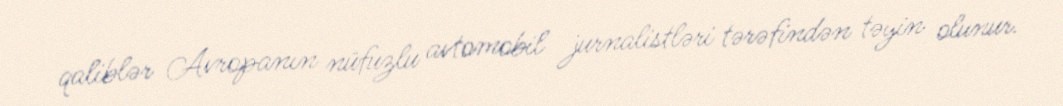
qaliblər Avropanın nüfuzlu avtomobil jurnalistləri tərəfindən təyin olunur.